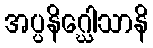
အပ္ပနိဂ္ဃေါသာနိ